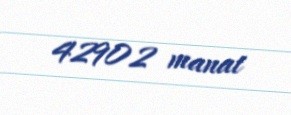
42902 manat